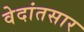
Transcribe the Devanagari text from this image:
वेदांतसार